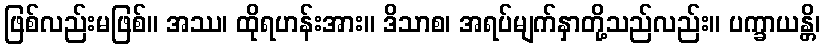
ဖြစ်လည်းမဖြစ်။ အဿ၊ ထိုရဟန်းအား။ ဒိသာစ၊ အရပ်မျက်နှာတို့သည်လည်း။ ပက္ခာယန္တိ၊